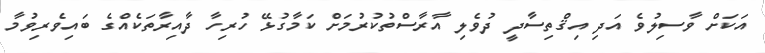
އަކަށް ވާސިލުވެ އަދި އިޤްތިސާދީ ދުވެލި އާރާސްތުކުރުމަށް ކަމާގުޅޭ ހުރިހާ ދާއިރާތަކެއްގެ ބައިވެރިވުމާ